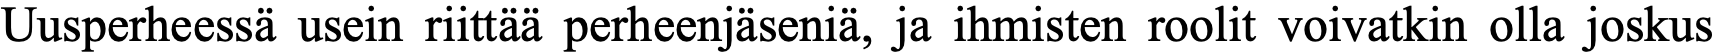
Uusperheessä usein riittää perheenjäseniä, ja ihmisten roolit voivatkin olla joskus